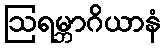
ဩရမ္ဘာဂိယာနံ